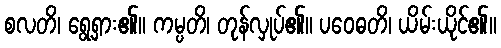
စလတိ၊ ရွေ့ရှား၏။ ကမ္ပတိ၊ တုန်လှုပ်၏။ ပဝေဓတိ၊ ယိမ်းယိုင်၏။